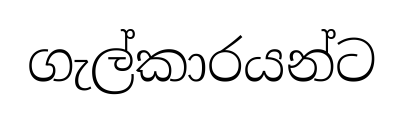
ගැල්කාරයන්ට